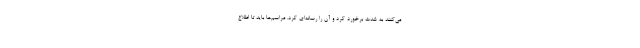
می‌کنند به شدت برخورد کرد و آن را رسانه‌ای کرد. مراسم‌ها باید تا اطلاع